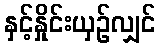
နှင့်နှိုင်းယှဉ်လျှင်